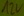
Text: 12V